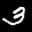
Label: 3